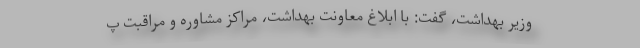
وزیر بهداشت، گفت: با ابلاغ معاونت بهداشت، مراکز مشاوره و مراقبت پ